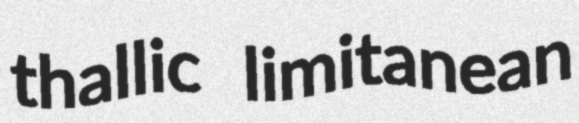
thallic limitanean